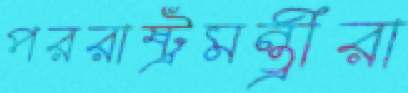
পররাষ্ট্রমন্ত্রীরা